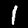
Label: 1